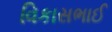
વિકાસભાઈ